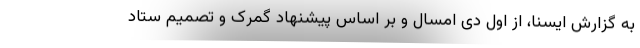
به گزارش ایسنا، از اول دی امسال و بر اساس پیشنهاد گمرک و تصمیم ستاد